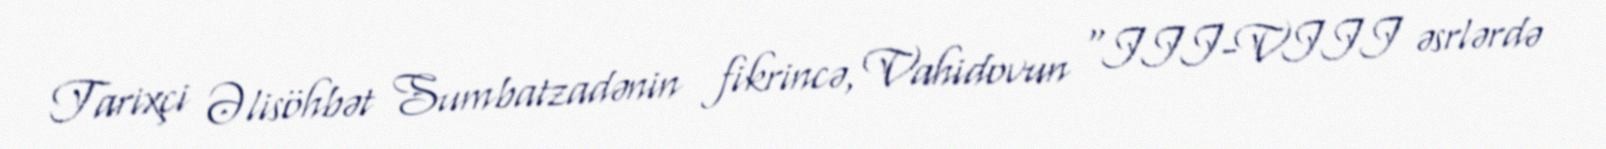
Tarixçi Əlisöhbət Sumbatzadənin fikrincə, Vahidovun "III-VIII əsrlərdə